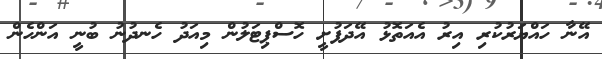
އޭނާ ހައްޔަރުކުރި އިރު އެއަތޮޅު އޭދަފުށީ ހޮސްޕިޓަލުން މިއަދު ހެނދުނު ބުނީ އަންހެން